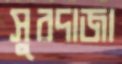
সুরদাজা